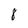
Character: 8